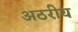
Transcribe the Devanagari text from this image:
अठरीय